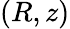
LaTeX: \left(R,z\right)